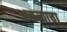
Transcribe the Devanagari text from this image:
असत्याचा